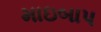
માઇબાપ